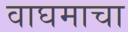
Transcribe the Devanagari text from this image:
वाघमाचा